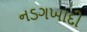
નડગખાદી